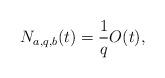
LaTeX: \begin{align*}N_{a, q, b}(t) = \frac{1}{q}O(t), \end{align*}